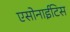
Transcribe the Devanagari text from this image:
एसोनाईटिस